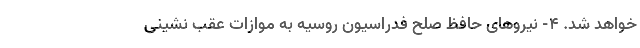
خواهد شد. 4- نیروهای حافظ صلح فدراسیون روسیه به موازات عقب نشینی